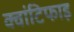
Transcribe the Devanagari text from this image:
क्वांटिफाइ